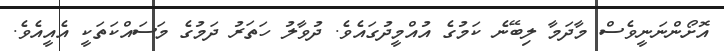
އޮށޯންނަނީވެސް މާދަމާ ލިބޭނެ ކަމުގެ އުއްމީދުގައެވެ. ދުވާލު ހަތަރު ދަމުގެ މަސައްކަތަކީ އެއީއެވެ.